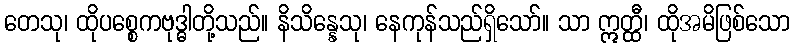
တေသု၊ ထိုပစ္စေကဗုဒ္ဓါတို့သည်။ နိသိန္နေသု၊ နေကုန်သည်ရှိသော်။ သာ ဣတ္ထီ၊ ထိုအမိဖြစ်သော